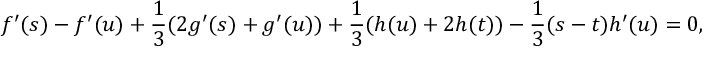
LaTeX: f ^ { \prime } ( s ) - f ^ { \prime } ( u ) + \frac { 1 } { 3 } ( 2 g ^ { \prime } ( s ) + g ^ { \prime } ( u ) ) + \frac { 1 } { 3 } ( h ( u ) + 2 h ( t ) ) - \frac { 1 } { 3 } ( s - t ) h ^ { \prime } ( u ) = 0 ,